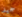
جيد